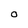
Character: o